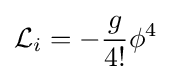
{\mathcal {L}}_{i}=-{\frac {g}{4!}}\phi ^{4}